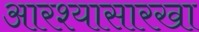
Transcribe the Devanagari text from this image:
आरश्यासारखा